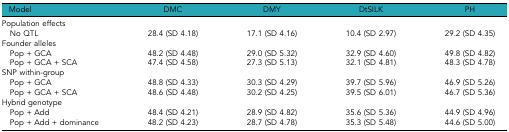
<table><thead><tr><td><b>Model</b></td><td><b>DMC</b></td><td><b>DMY</b></td><td><b>DtSILK</b></td><td><b>PH</b></td></tr></thead><tbody><tr><td>Population effects</td><td>[EMPTY_CELL]</td><td>[EMPTY_CELL]</td><td>[EMPTY_CELL]</td><td>[EMPTY_CELL]</td></tr><tr><td> No QTL</td><td>28.4 (SD 4.18)</td><td>17.1 (SD 4.16)</td><td>10.4 (SD 2.97)</td><td>29.2 (SD 4.35)</td></tr><tr><td>Founder alleles</td><td>[EMPTY_CELL]</td><td>[EMPTY_CELL]</td><td>[EMPTY_CELL]</td><td>[EMPTY_CELL]</td></tr><tr><td> Pop + GCA</td><td>48.2 (SD 4.48)</td><td>29.0 (SD 5.32)</td><td>32.9 (SD 4.60)</td><td>49.8 (SD 4.82)</td></tr><tr><td> Pop + GCA + SCA</td><td>47.4 (SD 4.58)</td><td>27.3 (SD 5.13)</td><td>32.1 (SD 4.81)</td><td>48.3 (SD 4.78)</td></tr><tr><td>SNP within-group</td><td>[EMPTY_CELL]</td><td>[EMPTY_CELL]</td><td>[EMPTY_CELL]</td><td>[EMPTY_CELL]</td></tr><tr><td> Pop + GCA</td><td>48.8 (SD 4.33)</td><td>30.3 (SD 4.29)</td><td>39.7 (SD 5.96)</td><td>46.9 (SD 5.26)</td></tr><tr><td> Pop + GCA + SCA</td><td>48.6 (SD 4.48)</td><td>30.2 (SD 4.25)</td><td>39.5 (SD 6.01)</td><td>46.7 (SD 5.36)</td></tr><tr><td>Hybrid genotype</td><td>[EMPTY_CELL]</td><td>[EMPTY_CELL]</td><td>[EMPTY_CELL]</td><td>[EMPTY_CELL]</td></tr><tr><td> Pop + Add</td><td>48.4 (SD 4.21)</td><td>28.9 (SD 4.82)</td><td>35.6 (SD 5.36)</td><td>44.9 (SD 4.96)</td></tr><tr><td> Pop + Add + dominance</td><td>48.2 (SD 4.23)</td><td>28.7 (SD 4.78)</td><td>35.3 (SD 5.48)</td><td>44.6 (SD 5.00)</td></tr></tbody></table>